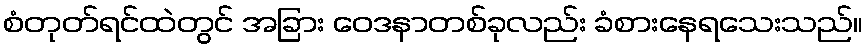
စံတုတ်ရင်ထဲတွင် အခြား ဝေဒနာတစ်ခုလည်း ခံစားနေရသေးသည်။